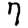
Digit: 7